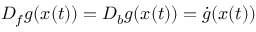
D _ { f } g ( x ( t ) ) = D _ { b } g ( x ( t ) ) = \Dot { g } ( x ( t ) )